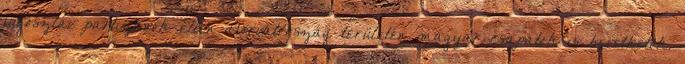
jugoszláv partizánok ellen Horvátország területén magyar csapatok is bevethetõk.